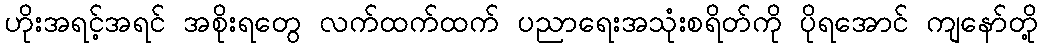
ဟိုးအရင့်အရင် အစိုးရတွေ လက်ထက်ထက် ပညာရေးအသုံးစရိတ်ကို ပိုရအောင် ကျနော်တို့